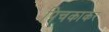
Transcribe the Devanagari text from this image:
पिचकाकर